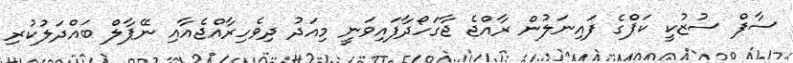
ސާފް ސުޒުކީ ކަޕްގެ ފައިނަލުން ރާއްޖެ ޖާގަހޯދާފައިވަނީ މިއަދު ދިވެހިރާއްޖެއާއި ނޭޕާލް ބައްދަލުކުރި